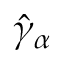
\hat { \gamma } _ { \alpha }